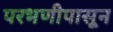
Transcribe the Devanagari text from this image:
परभणीपासून